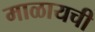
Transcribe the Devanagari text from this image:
माळायची